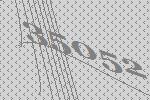
35052